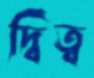
দ্বিত্ব